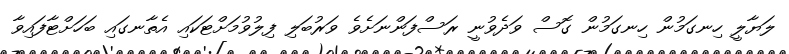
ލަޔާލީ ހިނގަމުން ހިނގަމުން ގޮސް ވަދެވުނީ ރަސްފަންނަށެވެ ވަރުބަލި ފިލުވުމަށްޓަކައި އެތާނގައި ބަހަށްޓާފައިވާ